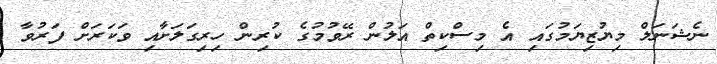
ނެޝަނަލް މިޔުޒިޔަމުގައި އެ މިސްކިތް އަލުން ރޭވުމުގެ ކުރިން ހިރިގަލަށާއި ވަކަރަށް ފަރުވާ